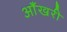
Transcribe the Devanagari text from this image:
आँखरी